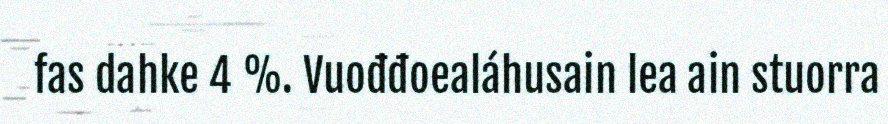
fas dahke 4 %. Vuođđoealáhusain lea ain stuorra